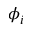
\phi _ { i }